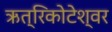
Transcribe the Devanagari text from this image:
ऋत्रिकोटेश्‍वर